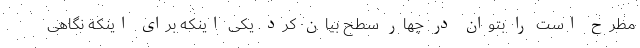
مطرح است را بتوان در چهار سطح بیان کرد. یکی اینکه برای اینکه نگاهی